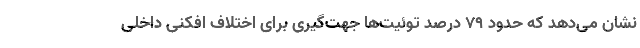
نشان می‌دهد که حدود ٧٩ درصد توئیت‌ها جهت‌گیری برای اختلاف افکنی داخلی